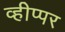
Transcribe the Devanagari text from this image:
व्हीप्पर